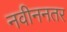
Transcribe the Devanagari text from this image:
नवीननतर